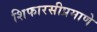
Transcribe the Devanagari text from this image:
शिफारसीप्रमाणे